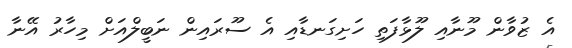
އެ ޒުވާން މޫނާއި ލޫޅާފަތި ހަށިގަނޑާއި އެ ސޫރައިން ނަބީލްއަށް މިހާރު އޭނާ